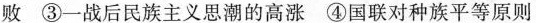
败③一战后民族主义思潮的高涨④国联对种族平等原则